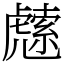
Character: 䖛